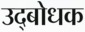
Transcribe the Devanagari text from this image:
उद्‍बोधक